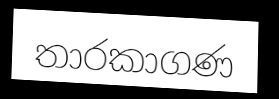
තාරකාගණ